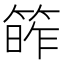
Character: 𥯭